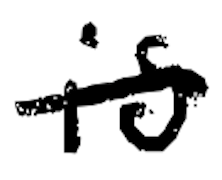
Text: is
Cross-out: mix
Writing tool: digital_black